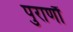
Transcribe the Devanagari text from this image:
पुराणौं